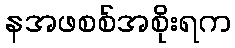
နအဖစစ်အစိုးရက